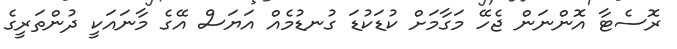
ރޮސެޓާ އޮންނަން ޖެހޭ މަގާމަށް ކުޑަކުޑަ ގުނޑުމެއް އަޔަސް އޭގެ މާނައަކީ ދުންތަރީގެ